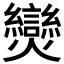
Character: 𤓖